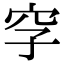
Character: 𥤪